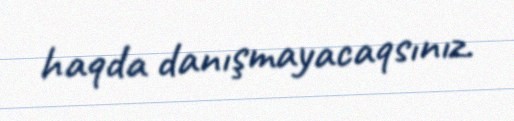
haqda danışmayacaqsınız.